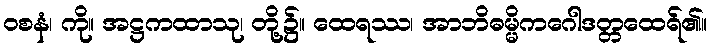
ဝစနံ၊ ကို။ အဋ္ဌကထာသု၊ တို့၌။ ထေရဿ၊ အာဘိဓမ္မိကဂေါဒတ္တထေရ်၏။